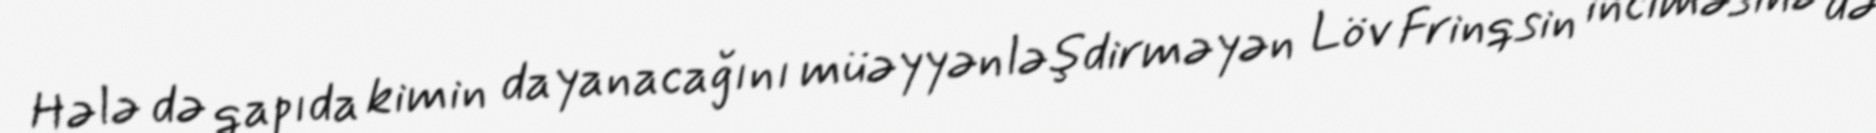
Hələ də qapıda kimin dayanacağını müəyyənləşdirməyən Löv Frinqsin inciməsinə də